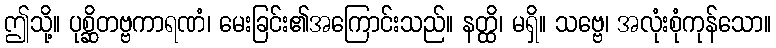
ဤသို့။ ပုစ္ဆိတဗ္ဗကာရဏံ၊ မေးခြင်း၏အကြောင်းသည်။ နတ္ထိ၊ မရှိ။ သဗ္ဗေ၊ အလုံးစုံကုန်သော။